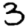
Digit: 3